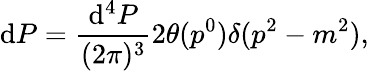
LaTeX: \mathrm{d}P={\frac{{\mathrm{d}^{4}P}}{{(2\pi)^{3}}}}2\theta(p^{0})\delta(p^{2}-m^{2}),